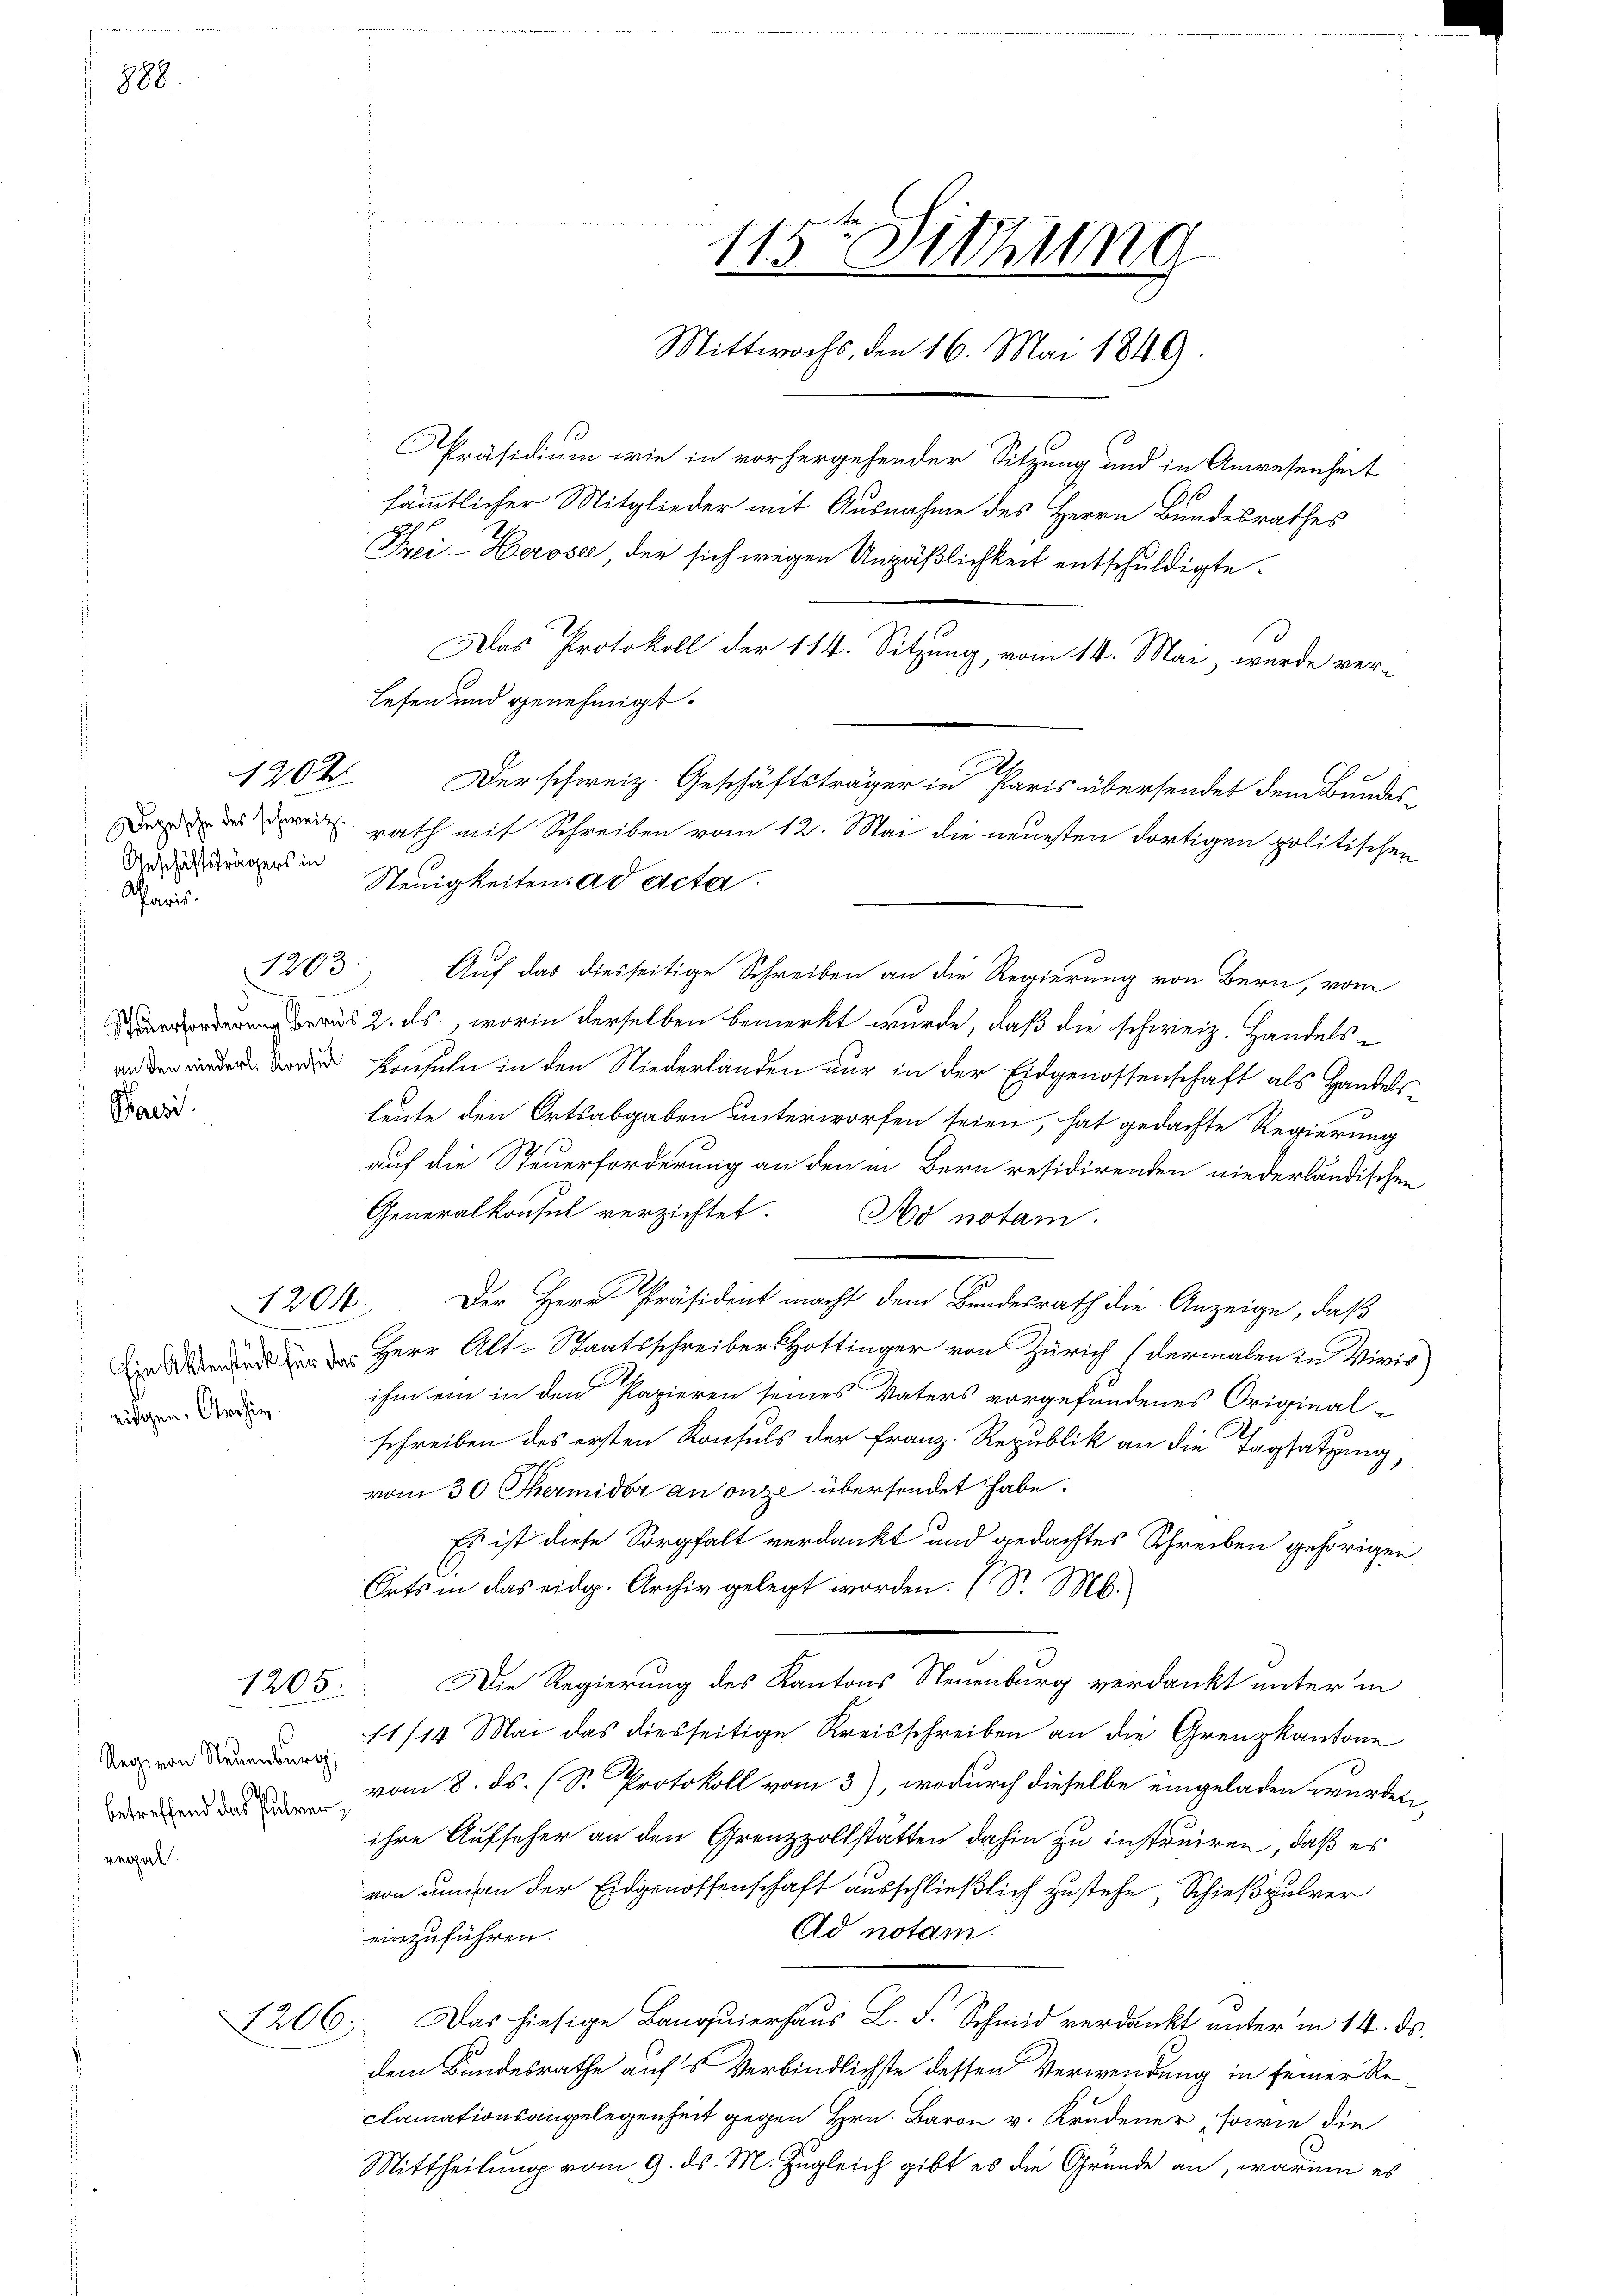
888.

gal.

sämmtlicher Mitglieder mit Ausnahme des Herrn Bundesrathes
Frei-Kerose, der sich wegen Unpäßlichkeit entschuldigte.
Das Protokoll der 114. Sitzung, vom 14. Mai, wurde ver-
lesen und genehmigt.
Der schweiz. Geschäftsträger in Paris übersendet dem Bundes¬
Daß der rath mit Schreiben vom 12. Mai die neuesten dortigen politischen
Steuigkeiten ad acta.
Auf das diesseitige Schreiben an die Regierung von Bern, vom
erung des 2. ds., worin derselben bemerkt wurde, daß die schweiz. Handels¬
 Konsuln in den Niederlanden nur in der Eidgenossenschaft als Handels-
leute den Ortsabgaben unterworfen seien, hat gedachte Regierung
auf die Steuerforderung an den in Bern residirenden niederländischen
Generalkonsul verzichtet. No notai
Der Herr Präsident macht dem Bundesrath die Anzeige, daß
   Herr Alt-Staatsschreiber Hottinger von Zürich (dermalen in Vivis
ihm ein in den Papieren seines Vaters vorgefundenes Original-
schreiben des ersten Konsuls der Franz. Republik an die Tagsatzung,
vom 30 Thermidor an onze übersendet habe.
Es ist diese Sorgfalt verdankt und gedachtes Schreiben gehörigen
Orts in das eidg. Archiv gelegt worden. (S. M.
Die Regierung des Kantons Neuenburg verdankt unter in
11/14 Mai das diesseitige Kreisschreiben an die Grenzkantone
vom 8. ds. (S. Protokoll vom 3), wodurch dieselbe eingeladen wurden.
ihre Aufseher an den Grenzzollstätten dahin zu instruiren, daß es
von innen der Eidgenossenschaft ausschließlich zustehe, Schießpulver
Ad notai
einzuführen.
Das hiesige Banquierhaus L. F. Schmid verdankt unter in 14. ds.
dem Bundesrathe aufs Verbindlichste dessen Verwendung in seiner Reclamationsangelegenheit gegen Hrn. Baron v. Krudener, sowie die
Mittheilung vom 9. ds. M. Zugleich gibt es die Gründe an, warum es

1204

Anschäftsträgers in
Aaris.
1203
.
Paesi

1204.

ridgen. Archiv.

1205.

Reg. von Neuenburg,
betreffend das Pulver¬

1206.

115ten Sitzung
Mittwochs, den 16. Mai 1849.
Präsidium wie in vorhergehender Sitzung und in Anwesenheit